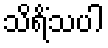
သိရိံသပါ